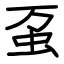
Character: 虿